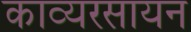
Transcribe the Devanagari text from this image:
काव्यरसायन